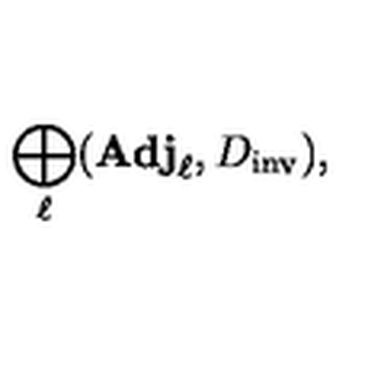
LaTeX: \bigoplus _ { \ell } ( { \bf A d j } _ { \ell } , D _ { \mathrm { i n v } } ) ,